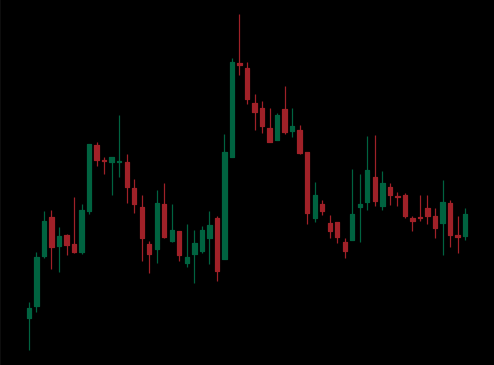
Pattern: head_shoulders